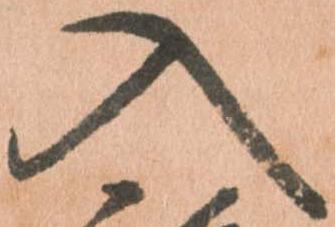
入